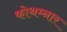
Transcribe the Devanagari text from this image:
कोथम्नार